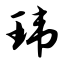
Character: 玮